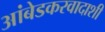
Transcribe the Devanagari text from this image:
आंबेडकरवादाशी